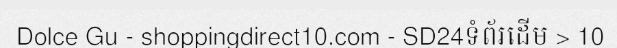
Dolce Gu - shoppingdirect10.com - SD24ទំព័រដើម > 10